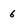
Character: 6